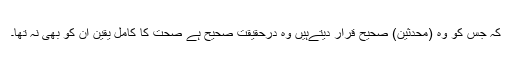
کہ جس کو وہ (محدثین) صحیح قرار دیتےہیں وہ درحقیقت صحیح ہے صحت کا کامل یقین ان کو بھی نہ تھا۔